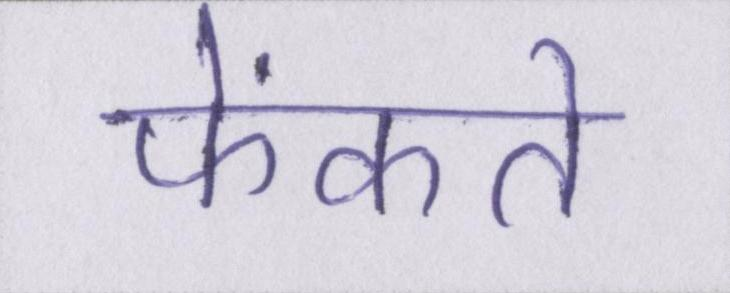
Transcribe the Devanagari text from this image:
फेंकते